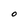
Character: O